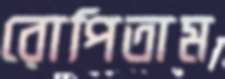
রোপিতাম